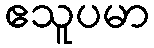
ဧသူပမာ